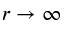
r \to \infty